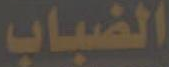
الضباب